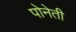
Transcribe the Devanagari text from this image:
पोनेती